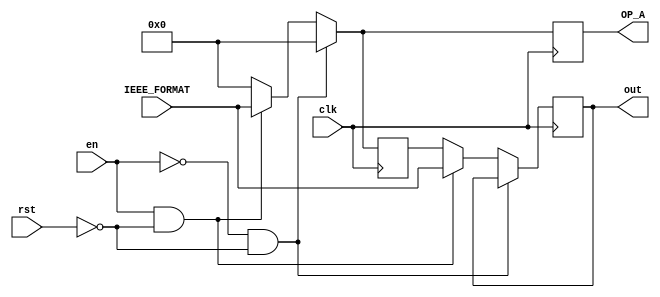
module temp_adder (
        
    input        wire         [31:0]          IEEE_FORMAT,
    input                                     en,
    input                                     rst,
    input                                     clk,
    output        reg         [31:0]          out,
    output        reg         [31:0]          OP_A  
 

);



reg [31:0] temp;


always @(posedge clk)begin

if(~en & ~rst)begin
    temp = 0;
    OP_A = temp;
end
else if (en & ~rst)begin
    temp = IEEE_FORMAT;
    OP_A = temp; 
    out = IEEE_FORMAT;  
     
end
else 
begin 
    out = temp;
    temp = 0;
    OP_A = 0;
    
end


end

endmodule